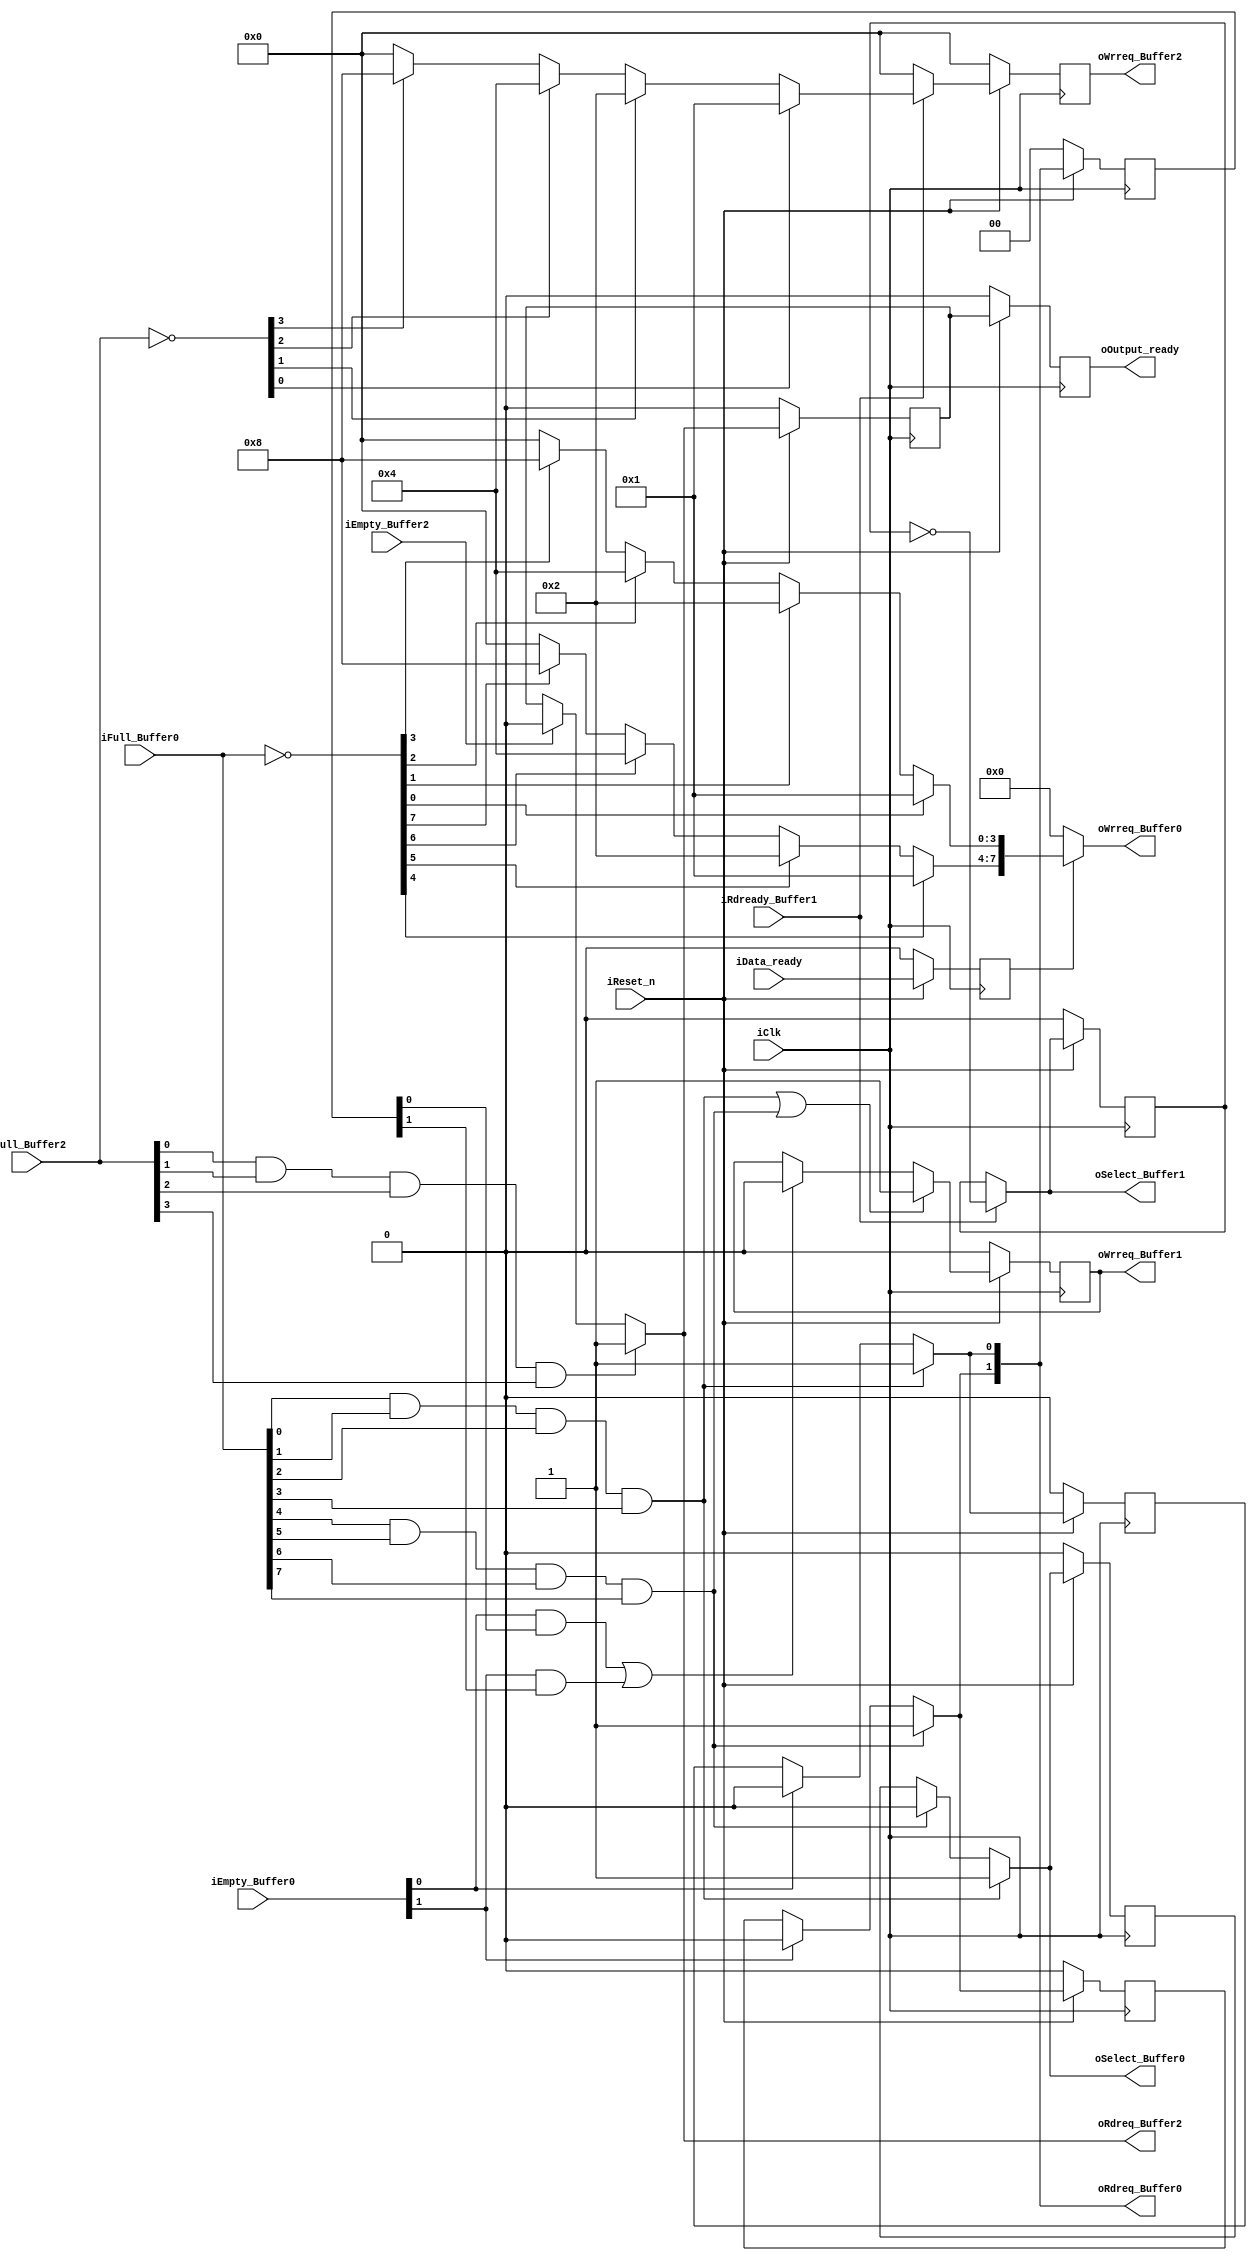
module mfhwt_control	(
							//Input external
							input					iClk,
							input					iReset_n,
							input					iData_ready,
							//Input internal
							input			[7:0]	iFull_Buffer0,
							input			[1:0]	iEmpty_Buffer0,
							
							input					iRdready_Buffer1,
							
							input			[3:0]	iFull_Buffer2,
							input					iEmpty_Buffer2,
							//Output external
							output	reg				oOutput_ready,
							//Output internal
							output					oSelect_Buffer0,
							output			[1:0]	oRdreq_Buffer0,
							output			[7:0]	oWrreq_Buffer0,
							
							output	reg				oWrreq_Buffer1,
							output					oSelect_Buffer1,
							
							output					oRdreq_Buffer2,
							output	reg		[3:0]	oWrreq_Buffer2			
						);
//=======================REGISTERS===================================
reg						sel_buf0;
reg						rdrq_0_buf0;
reg						rdrq_1_buf0;
reg						sel_buf1;
reg						rdrq_buf2;
reg						input_ready;
reg			[1:0]		rd_buf0;
//=======================WIRES=======================================
wire					allfull_0_buf0;
wire					allfull_1_buf0;
wire					allfull_buf2;
wire		[3:0]		wrrq_0_buf0;
wire		[3:0]		wrrq_1_buf0;
wire		[7:0]		invfull_buf0;
wire					wrrq_buf1;
wire		[3:0]		wrrq_buf2;
wire		[3:0]		wr_buf2;
wire		[3:0]		invfull_buf2;
//===================================================================
//	COMBINATION
//===================================================================
assign		allfull_0_buf0	= iFull_Buffer0[0] & iFull_Buffer0[1] & iFull_Buffer0[2] & iFull_Buffer0[3];
assign		allfull_1_buf0	= iFull_Buffer0[4] & iFull_Buffer0[5] & iFull_Buffer0[6] & iFull_Buffer0[7];
assign		allfull_buf2	= iFull_Buffer2[0] & iFull_Buffer2[1] & iFull_Buffer2[2] & iFull_Buffer2[3];

assign		oSelect_Buffer0   = (allfull_0_buf0) ? 1'b1 : (allfull_1_buf0) ? 1'b0 : sel_buf0;
assign		oRdreq_Buffer0[0] = (allfull_0_buf0) ? 1'b1 : (iEmpty_Buffer0[0]) ? 1'b0 : rdrq_0_buf0;
assign		oRdreq_Buffer0[1] = (allfull_1_buf0) ? 1'b1 : (iEmpty_Buffer0[1]) ? 1'b0 : rdrq_1_buf0;
assign		invfull_buf0 	  = ~iFull_Buffer0;
assign		wrrq_0_buf0		  = (invfull_buf0[0]) ? 4'd1 : (invfull_buf0[1]) ? 4'd2 : (invfull_buf0[2]) ? 4'd4 : (invfull_buf0[3]) ? 4'd8 : 4'd0;
assign		wrrq_1_buf0		  = (invfull_buf0[4]) ? 4'd1 : (invfull_buf0[5]) ? 4'd2 : (invfull_buf0[6]) ? 4'd4 : (invfull_buf0[7]) ? 4'd8 : 4'd0;
assign		oWrreq_Buffer0	  = (input_ready) ? {wrrq_1_buf0,wrrq_0_buf0} : 8'b0;

assign		wrrq_buf1	= (allfull_0_buf0 | allfull_1_buf0) ? 1'b1 : ((iEmpty_Buffer0[0] & rd_buf0[0]) | (iEmpty_Buffer0[1] & rd_buf0[1])) ? 1'b0 : oWrreq_Buffer1;
assign		oSelect_Buffer1 = (iRdready_Buffer1) ? ~sel_buf1 : sel_buf1;

assign		oRdreq_Buffer2 	= (allfull_buf2) ? 1'b1 : (iEmpty_Buffer2) ? 1'b0 : rdrq_buf2;
assign		invfull_buf2	= ~iFull_Buffer2;
assign		wr_buf2		= (invfull_buf2[0]) ? 4'd1 : (invfull_buf2[1]) ? 4'd2 : (invfull_buf2[2]) ? 4'd4 : (invfull_buf2[3]) ? 4'd8 : 4'd0;
assign		wrrq_buf2	= (iRdready_Buffer1) ? wr_buf2 : 4'b0;
//===================================================================
//	SEQUENCE
//===================================================================
always @ (posedge iClk)
begin
	if (~iReset_n)
	begin
		sel_buf0		<= 	1'b0;
		rdrq_0_buf0 	<= 	1'b0;
		rdrq_1_buf0 	<= 	1'b0;
		sel_buf1 		<= 	1'b0;
		rdrq_buf2		<=	1'b0;
		input_ready		<=	1'b0;
		rd_buf0			<=	2'b0;
		oWrreq_Buffer1	<= 	1'b0;
		oWrreq_Buffer2	<=	1'b0;
		oOutput_ready	<=	1'b0;
	end
	else
	begin
		rd_buf0			<= oRdreq_Buffer0;
		input_ready		<= iData_ready;
		sel_buf0 		<= oSelect_Buffer0;
		rdrq_0_buf0 	<= oRdreq_Buffer0[0];
		rdrq_1_buf0 	<= oRdreq_Buffer0[1];
		sel_buf1 		<= oSelect_Buffer1;
		oWrreq_Buffer1 	<= wrrq_buf1;
		rdrq_buf2 		<= oRdreq_Buffer2;
		oWrreq_Buffer2 	<= wrrq_buf2;
		oOutput_ready 	<= rdrq_buf2;
	end
end

endmodule